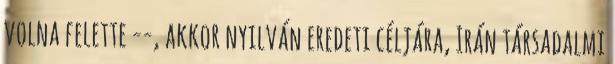
volna felette --, akkor nyilván eredeti céljára, Irán társadalmi